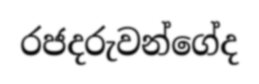
රජදරුවන්ගේද